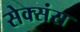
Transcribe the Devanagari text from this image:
सेक्संस